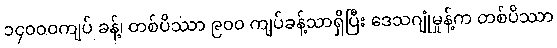
၁၄၀၀၀ကျပ် ခန့်၊ တစ်ပိဿာ ၉၀၀ ကျပ်ခန့်သာရှိပြီး ဒေသဂျုံမှုန့်က တစ်ပိဿာ